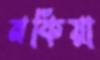
নকিয়া